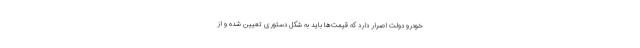
خودرو دولت اصرار دارد که قیمت‌ها باید به شکل دستوری تعیین شده و از